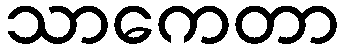
သာကေတာ